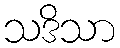
သဒိသာ